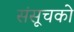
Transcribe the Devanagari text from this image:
संसूचको